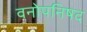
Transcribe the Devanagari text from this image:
वनोपनिषद